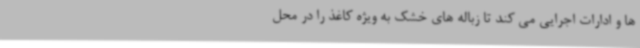
ها و ادارات اجرایی می کند تا زباله های خشک به ویژه کاغذ را در محل